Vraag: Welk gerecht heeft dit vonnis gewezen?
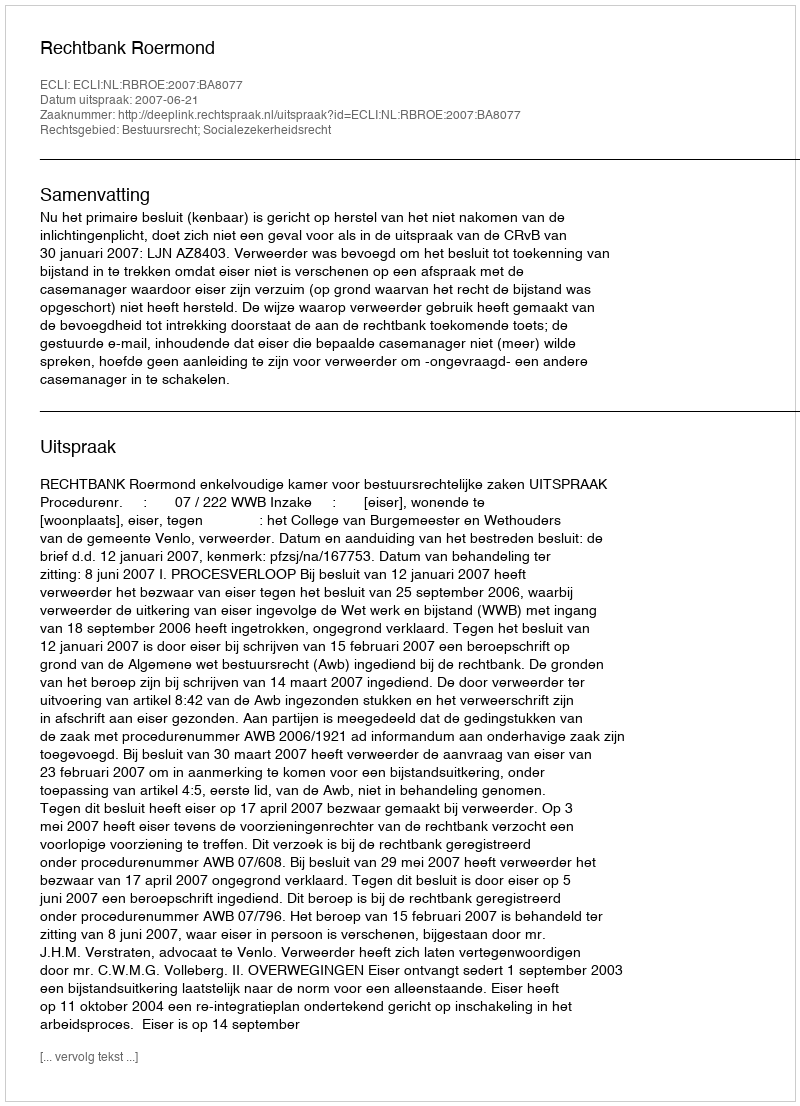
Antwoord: Rechtbank Roermond